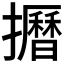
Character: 𱡌